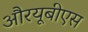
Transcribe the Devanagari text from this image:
औरयूबीएस